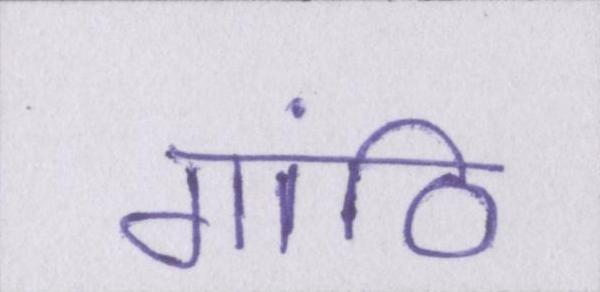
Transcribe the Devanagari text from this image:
गांठि